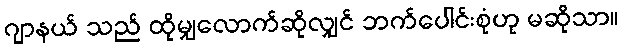
ဂျာနယ် သည် ထိုမျှလောက်ဆိုလျှင် ဘက်ပေါင်းစုံဟု မဆိုသာ။